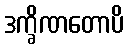
ဒက္ခိဏတောပိ